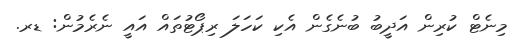
މިނެޓް ކުރިން އަދީބު ބުނެގެން އެކި ކަހަލަ ރިޕޯޓުތައް އައީ ނެރެމުން: ޑރ.